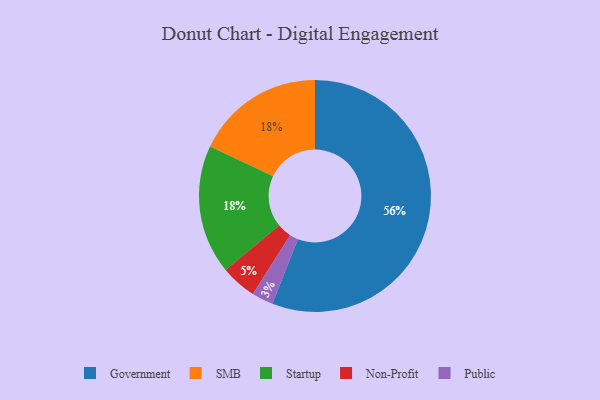
{"axis": {"x": "Category", "y": "Percentage"}, "legend": ["Government", "Non-Profit", "Public", "SMB", "Startup"], "data": [{"x": "Public", "y": 3, "type": "Public"}, {"x": "SMB", "y": 18, "type": "SMB"}, {"x": "Non-Profit", "y": 5, "type": "Non-Profit"}, {"x": "Startup", "y": 18, "type": "Startup"}, {"x": "Government", "y": 56, "type": "Government"}]}